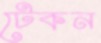
টেকন